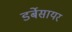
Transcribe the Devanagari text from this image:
डर्बेसायर